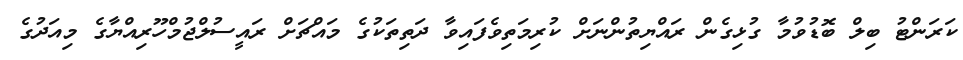
ކަރަންޓު ބިލް ބޮޑުވުމާ ގުޅިގެން ރައްޔިތުންނަށް ކުރިމަތިވެފައިވާ ދަތިތަކުގެ މައްޗަށް ރައީސުލްޖުމްހޫރިއްޔާގެ މިއަދުގެ